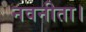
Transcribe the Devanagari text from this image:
नवनीता।